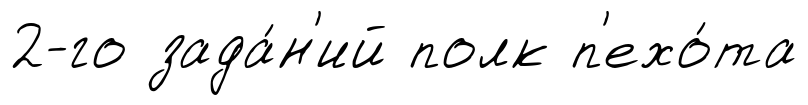
2-го зада́н'ий полк п'ехо́та